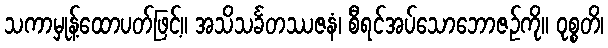
သကာမှုန့်ထောပတ်ဖြင့်။ အသိသင်္ခတဿဇနံ၊ စီရင်အပ်သောဘောဇဉ်ကို။ ဝုစ္စတိ၊